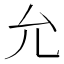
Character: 允